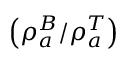
\left( \rho _ { a } ^ { B } / \rho _ { a } ^ { T } \right)